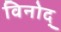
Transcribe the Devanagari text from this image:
विनोद्